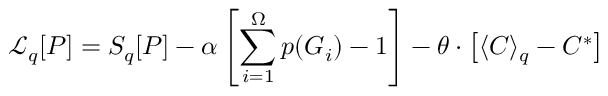
\mathcal { L } _ { q } [ P ] = S _ { q } [ P ] - \alpha \left[ \sum _ { i = 1 } ^ { \Omega } p ( G _ { i } ) - 1 \right] - \theta \cdot \left[ \langle C \rangle _ { q } - C ^ { * } \right]